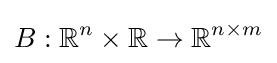
B:\mathbb {R} ^{n}\times \mathbb {R} \to \mathbb {R} ^{n\times m}